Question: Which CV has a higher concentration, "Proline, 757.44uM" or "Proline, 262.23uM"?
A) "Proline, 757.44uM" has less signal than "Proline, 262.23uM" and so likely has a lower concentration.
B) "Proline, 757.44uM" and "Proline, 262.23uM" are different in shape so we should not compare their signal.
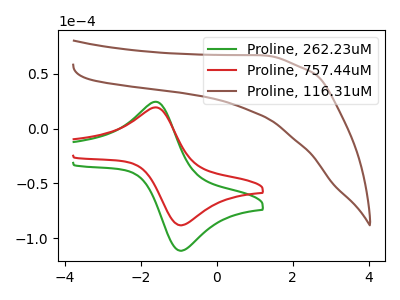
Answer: <think>The green curve "Proline, 262.23uM" has an anodic peak at (-1.60V, 24.55uA) and a cathodic peak at (-0.90V, -111.25uA). The red curve "Proline, 757.44uM" has an anodic peak at (-1.60V, 19.40uA) and a cathodic peak at (-0.90V, -88.05uA). The brown curve "Proline, 116.31uM" has no peaks.
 All the peaks in "Proline, 757.44uM" have a peak in "Proline, 262.23uM" at the same potential. Every peak in "Proline, 757.44uM" is lower than every peak in "Proline, 262.23uM".</think>
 <answer>A) "Proline, 757.44uM" has less signal than "Proline, 262.23uM" and so likely has a lower concentration.</answer>
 <eval>A</eval>